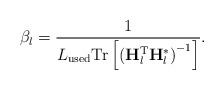
LaTeX: \begin{align*}\beta_l = \frac{1}{L_{\mathrm{used}} \mathrm{Tr} \left[ \left( \mathbf{H}_l^\mathrm{T} \mathbf{H}_l^* \right)^{-1} \right]}.\end{align*}